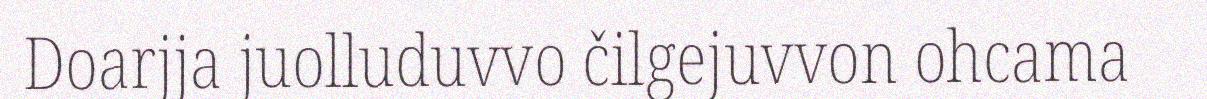
Doarjja juolluduvvo čilgejuvvon ohcama